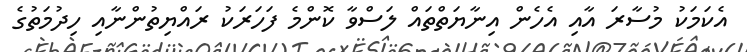
އެކަމަކު މުސާރަ އާއި އެހެން އިނާޔަތްތައް ލަސްވާ ކޮންމެ ފަހަރަކު ރައްޔިތުންނާއި ހިދުމަތުގެ